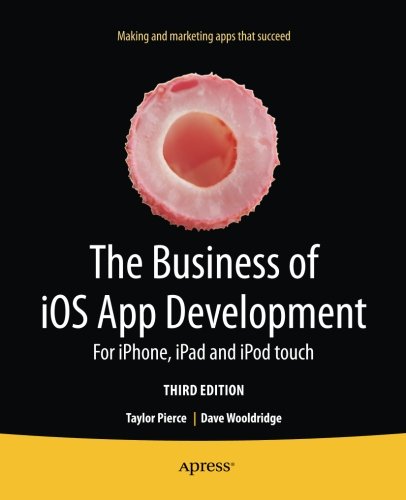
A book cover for The Business of iOS App Development: For iPhone, iPad and iPod touch; Dave Wooldridge; Computers & Technology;